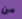
من